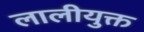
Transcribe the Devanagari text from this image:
लालीयुक्त